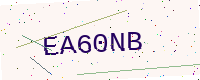
Text: EA60NB